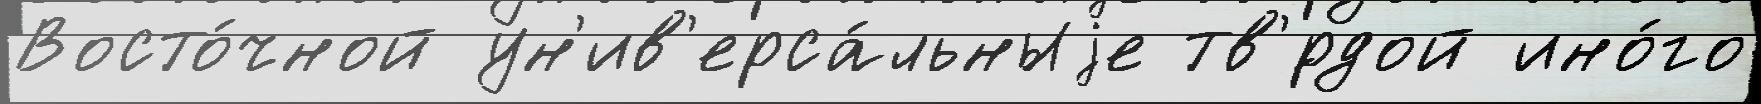
Восто́чной ун'ив'ерса́льныjе тв'́рдой ино́го